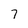
Character: 7